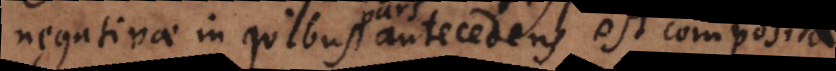
negativae in quibus antecedens est composita